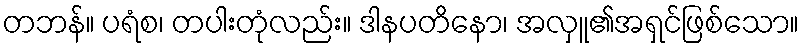
တဘန်။ ပရံစ၊ တပါးတုံလည်း။ ဒါနပတိနော၊ အလှူ၏အရှင်ဖြစ်သော။